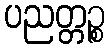
ပညတ္တဉ္စ